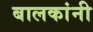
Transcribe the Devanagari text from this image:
बालकांनी